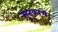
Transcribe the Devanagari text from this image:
सुतकाचे